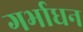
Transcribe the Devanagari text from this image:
गर्भाधन